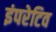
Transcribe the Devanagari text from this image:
इंपरेटिव